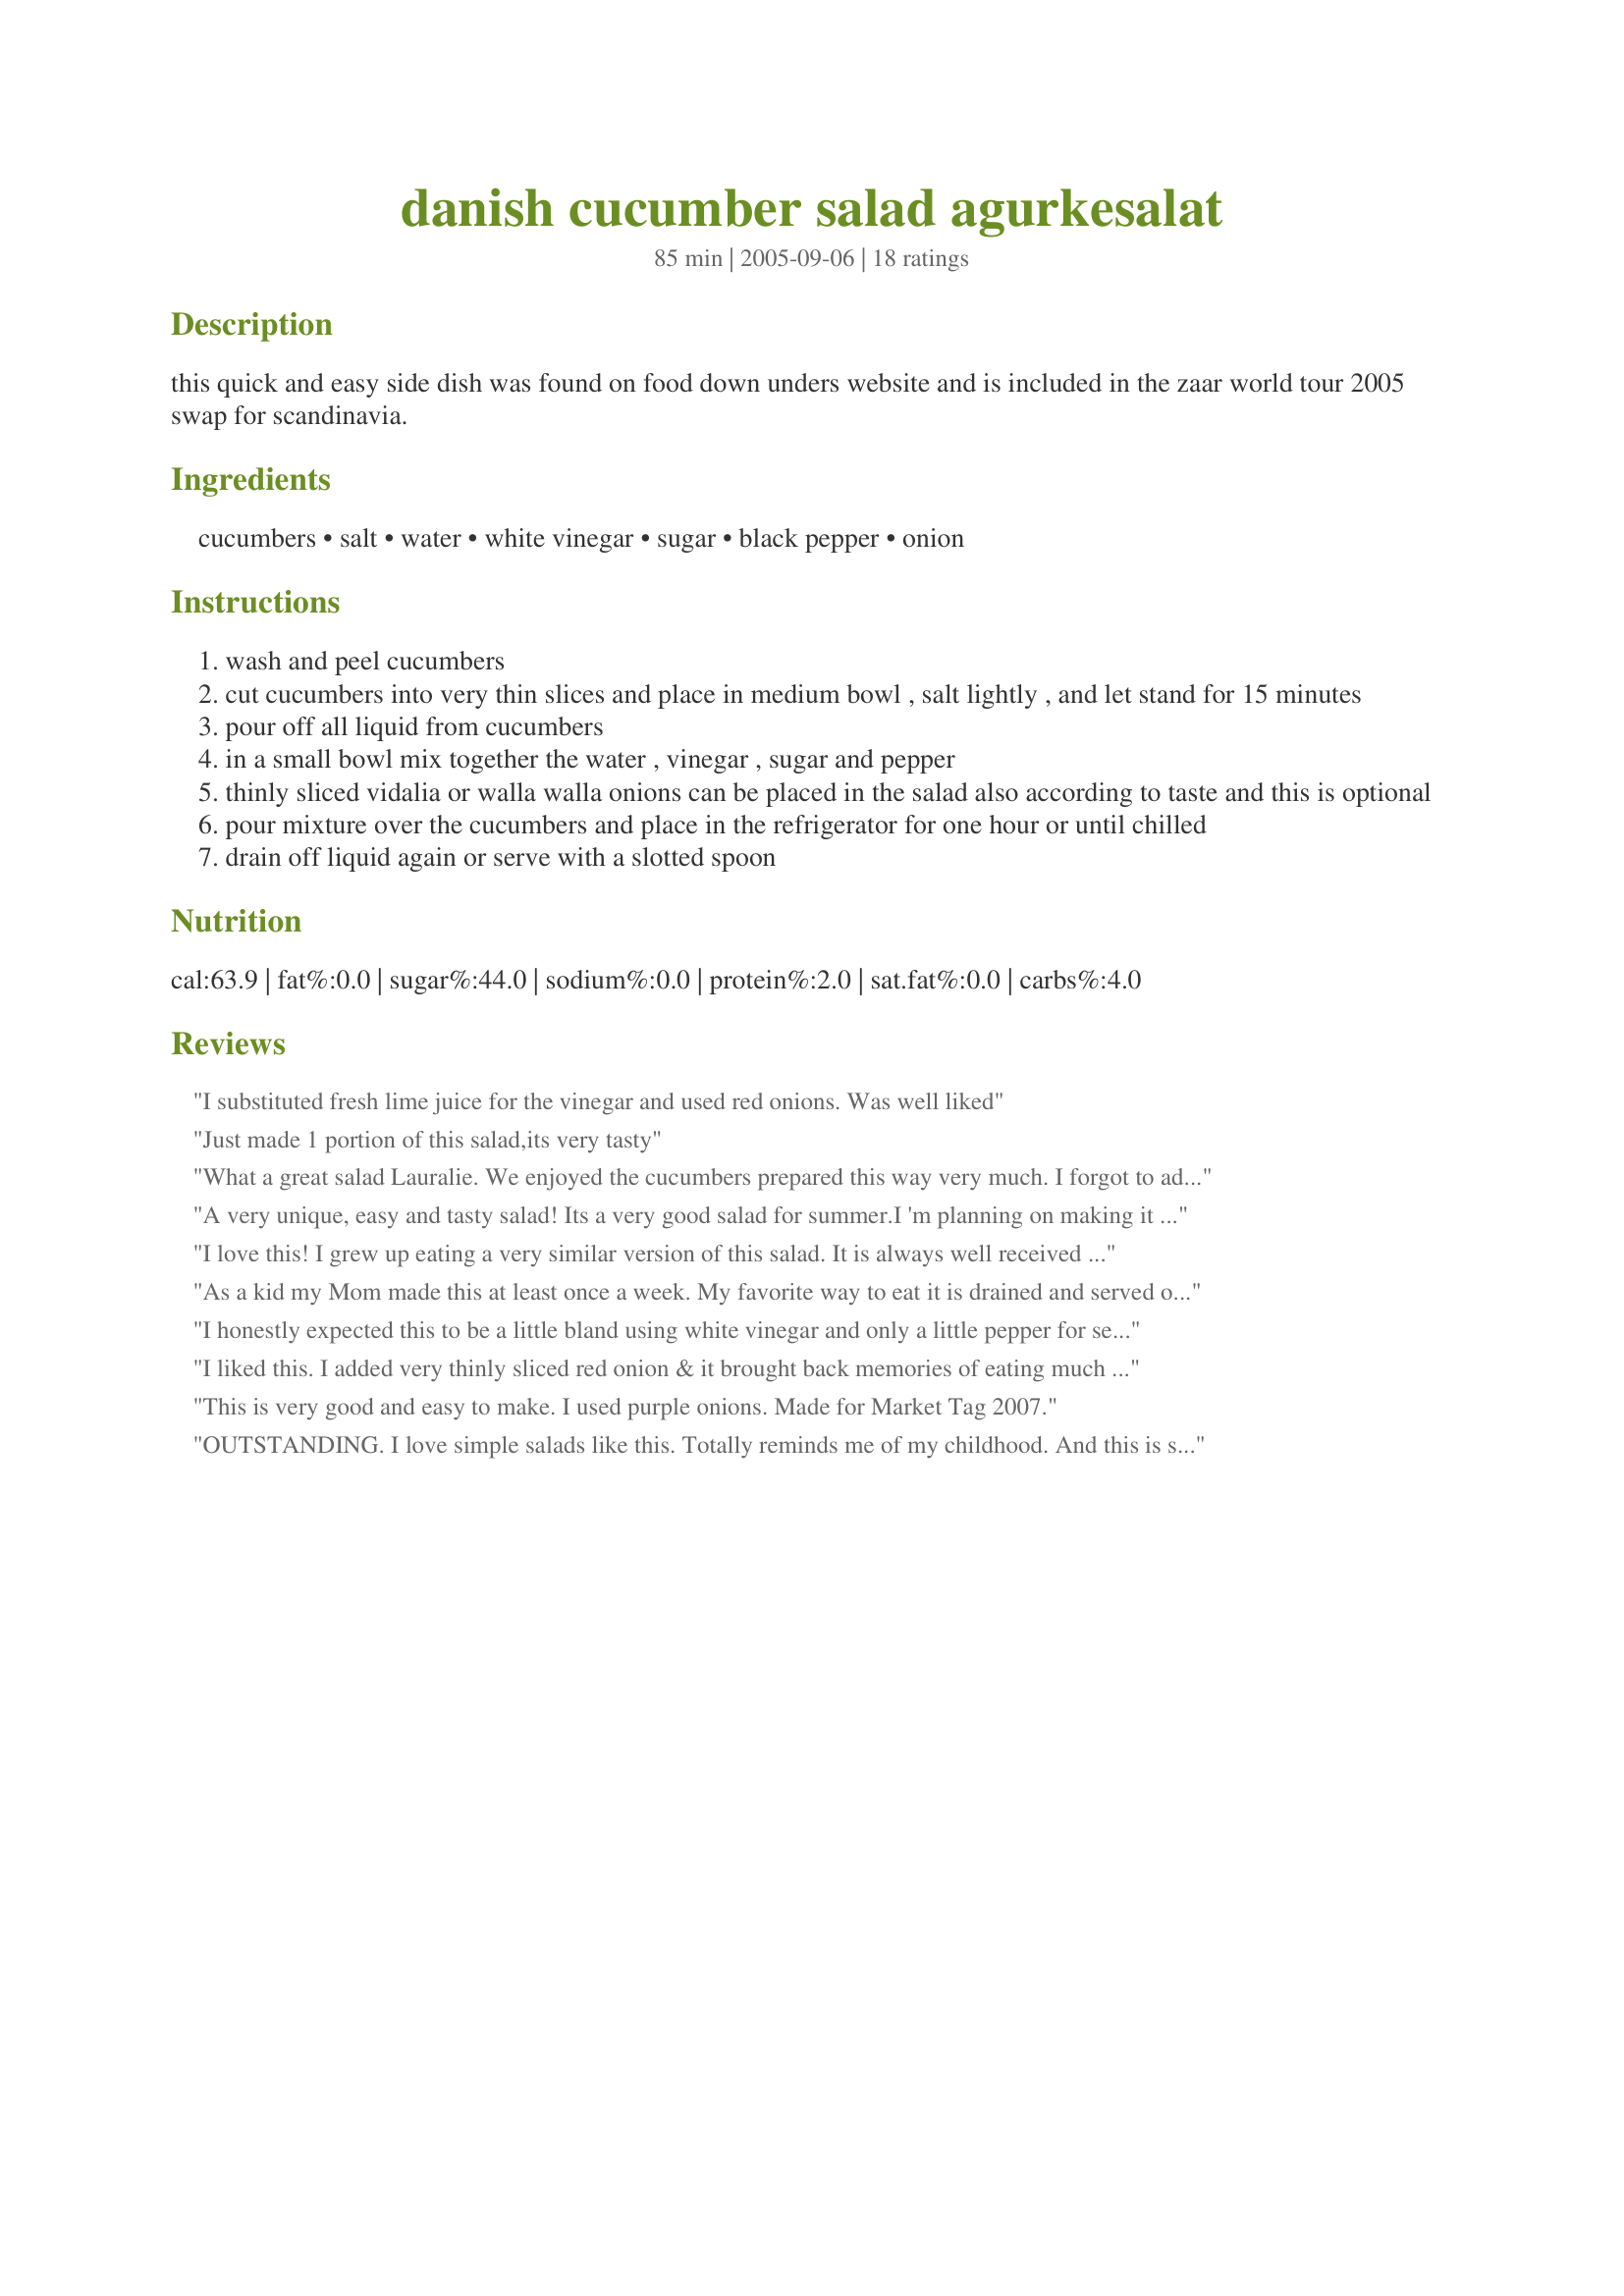
danish cucumber salad agurkesalat
Preparation time: 85 minutes

this quick and easy side dish was found on food down unders website and is included in the zaar world tour 2005 swap for scandinavia.

Ingredients:
cucumbers, salt, water, white vinegar, sugar, black pepper, onion

Steps:
wash and peel cucumbers
cut cucumbers into very thin slices and place in medium bowl , salt lightly , and let stand for 15 minutes
pour off all liquid from cucumbers
in a small bowl mix together the water , vinegar , sugar and pepper
thinly sliced vidalia or walla walla onions can be placed in the salad also according to taste and this is optional
pour mixture over the cucumbers and place in the refrigerator for one hour or until chilled
drain off liquid again or serve with a slotted spoon

Reviews:
I substituted fresh lime juice for the vinegar and used red onions. Was well liked
Just made 1 portion of this salad,its very tasty
What a great salad Lauralie. We enjoyed the cucumbers prepared this way very much. I forgot to add the sliced onions to the mixture while marinating. I remembered just before I served them, so I thinly sliced them added them fresh. The salad was wonderful. Thank you for sharing a recipe, that i will make again my friend. Made for CQ4 - Scandinavia.
A very unique, easy and tasty salad! Its a very good salad for summer.I 'm planning on making it again, thats for sure!!!
Thanks Lori!
I love this! I grew up eating a very similar version of this salad. It is always well received by everyone. I always include vidalia onions when making cucumber salad. I served this today with <a href="/169508">Baked Penne and Roasted Vegetables</a> and it was wonderful. Thank you very much, Lauralie!
As a kid my Mom made this at least once a week. My favorite way to eat it is drained and served over wassa crisp bread smeared with goat cheese. Made for CQ 2017.
I honestly expected this to be a little bland using white vinegar and only a little pepper for seasoning. I was wrong. The balance of the vinegar, sugar, and pepper is perfect in its simplicity. Just don't let it sit to long because the leftovers the next day got AWFULLY strong. Still tasty, but nearly pickles rather than salad. LOL
I liked this. I added very thinly sliced red onion & it brought back memories of eating much the same cucumber salad as I grew up. BUT my DH said he favors creamy versions better. We compromised. Thx Lori
This is very good and easy to make. I used purple onions. Made for Market Tag 2007.
OUTSTANDING. I love simple salads like this. Totally reminds me of my childhood. And this is so inexpensive too!!! I love to have stuff like this on hand to munch on thru the day. Thanks so much for posting. Made for VEG*N tag.
I used more lemon juice than vinegar and added paper thin slices of Vidalia onion. A delicious and very easy condiment. Thanks, Lori.
Yummy. My dh loved these. The sweetness is really subtle. Nice and simple, fresh dish.
As a kid we had this very salad nearly every Sunday as part of our Sunday Smorgaasbord. Easy tasty recipe Thanks Lori
I've made this salad for the zaar world tour and I liked it. I did use the optional onions and would add them again. This recipe made a nice change from the yoghurt-dill dressing that my mother makes for cucumber salad, but I still like my mother's way better. However, I might consider using this recipe again if I don't have any yoghurt in the house. Thank's Lori for sharing this Danish salad!
I haven't had pickled cucumber salad in many years, but my mom whose parents were from Finland made this frequently. This is a nice recipe for summertime when I don't want to cook. Really anytime you want something light to eat. I did add lots of minced garlic to liven the taste up more but don't tell anyone. Review written for Green Tag
Thanks Gail
Great cucumber salad. I grew up with something very similar, and we're not even Scandinavian! Thanks for posting! Made for CQ4.
Delicious version of pickled cucumber salad. My husband introduced this dish to me years ago and we usually keep it on hand in the summer. We really how refreshing it is. It's perfect as a side for a richer dinner. Made for CQ4.
I calculated a negative calorie intake. The energy it took to prepare consumed more calories than the conversion to calories after eaten. How 'bout "cash for cucumbers?" Could work.
